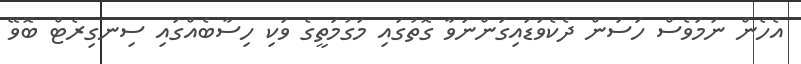
އެހެން ނަމަވެސް ހަސަން ދެކެވަޑައިގަންނަވާ ގޮތުގައި މަގުމަތީގެ ވަކި ހިސާބެއްގައި ސިނގިރެޓް ބޮވޭ